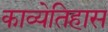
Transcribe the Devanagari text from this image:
काव्येतिहास